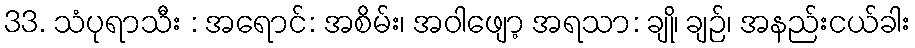
33. သံပုရာသီး : အရောင်: အစိမ်း၊ အဝါဖျော့ အရသာ: ချို၊ ချဉ်၊ အနည်းငယ်ခါး